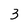
Character: 3